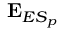
\mathbf { E } _ { E S _ { p } }